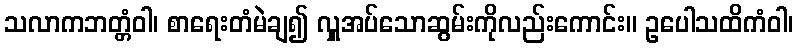
သလာကဘတ္တံဝါ၊ စာရေးတံမဲချ၍ လှူအပ်သောဆွမ်းကိုလည်းကောင်း။ ဥပေါသထိကံဝါ၊